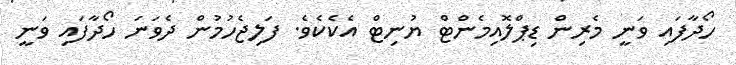
ހޯދާފައި ވަނީ މެރިން ޑިޕްލޮއިމެންޓް ޔުނިޓް އެކެކެވެ. ފަލިޖެހުމުން ދެވަނަ ހޯދާފައި ވަނީ